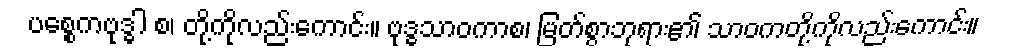
ပစ္စေကဗုဒ္ဓါ စ၊ တို့ကိုလည်းကောင်း။ ဗုဒ္ဓသာဝကာစ၊ မြတ်စွာဘုရား၏ သာဝကတို့ကိုလည်းကောင်း။